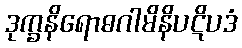
ဒုက္ခနိရောဓဂါမိနိပဋိပဒံ